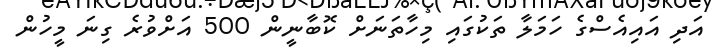
އަދި އައިއެސްގެ ހަމަލާ ތަކުގައި މިހާތަނަށް ކޮބާނީން 500 އަށްވުރެ ގިނަ މީހުން